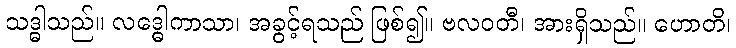
သဒ္ဓါသည်။ လဒ္ဓေါကာသာ၊ အခွင့်ရသည် ဖြစ်၍။ ဗလဝတီ၊ အားရှိသည်။ ဟောတိ၊